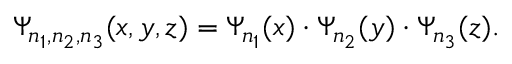
\begin{array} { r } { \Psi _ { n _ { 1 } , n _ { 2 } , n _ { 3 } } ( x , y , z ) = \Psi _ { n _ { 1 } } ( x ) \cdot \Psi _ { n _ { 2 } } ( y ) \cdot \Psi _ { n _ { 3 } } ( z ) . } \end{array}